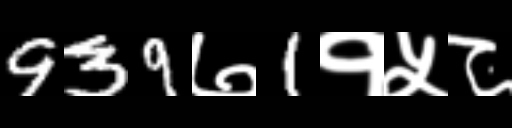
Text: 939७1१५८